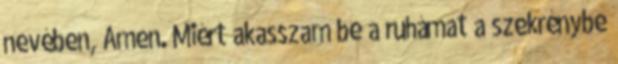
nevében, Ámen. Miért akasszam be a ruhámat a szekrénybe